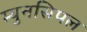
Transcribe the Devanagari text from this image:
म्युनसिपल